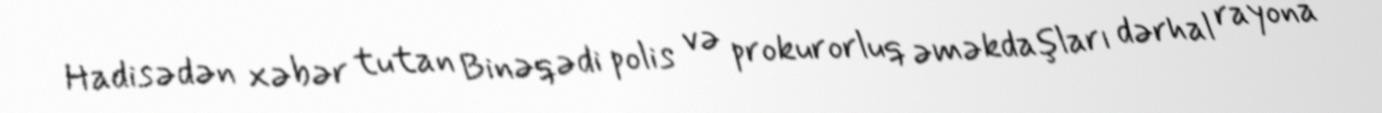
Hadisədən xəbər tutan Binəqədi polis və prokurorluq əməkdaşları dərhal rayona